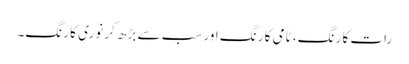
رات کا رنگ، ٹامی کا رنگ اور سب سے بڑھ کر نوری کا رنگ۔